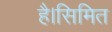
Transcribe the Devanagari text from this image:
है।सिमित